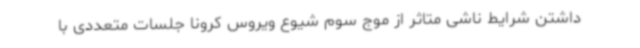
داشتن شرایط ناشی متاثر از موج سوم شیوع ویروس کرونا جلسات متعددی با